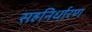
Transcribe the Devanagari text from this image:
सहनिर्धारण